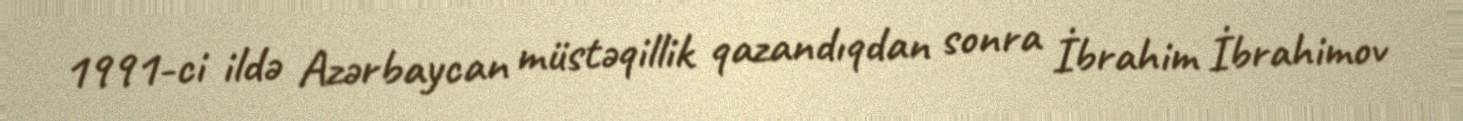
1991-ci ildə Azərbaycan müstəqillik qazandıqdan sonra İbrahim İbrahimov